Report of the Indian Hemp Drugs Commission, 1894-1895 - Volume V
Year: 1894
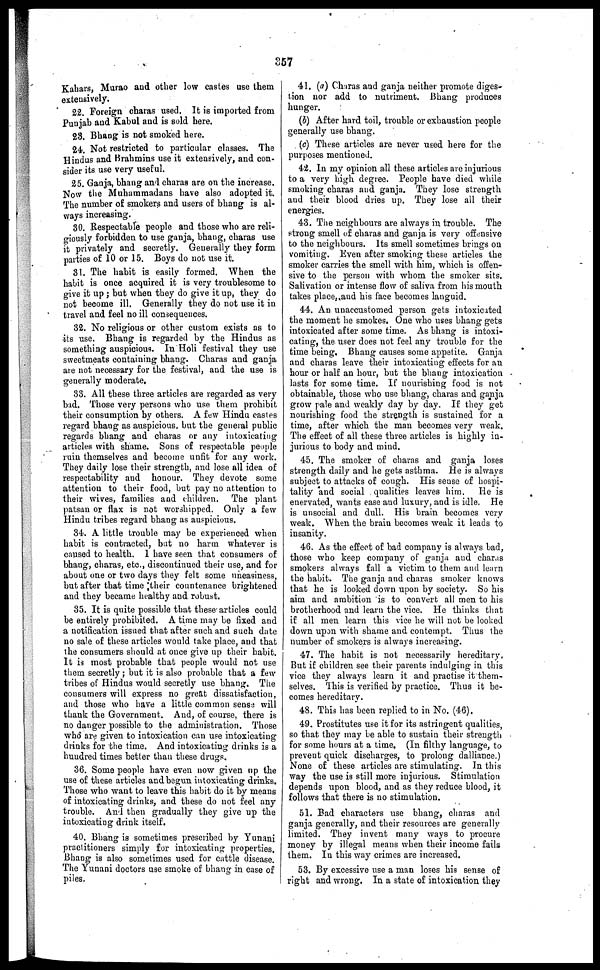
357
Kahars, Murao and other low castes use them
extensively.
22. Foreign charas used. It is imported from
Punjab and Kabul and is sold here.
28. Bhang is not smoked here.
24. Not restricted to particular classes. The
Hindus and Brahmins use it extensively, and con-
sider its use very useful.
25. Ganja, bhang and charas are on the increase.
Now the Muhammadans have also adopted it.
The number of smokers and users of bhang is al-
ways increasing.
30. Respectable people and those who are reli-
giously forbidden to use ganja, bhang, charas use
it privately and secretly. Generally they form
parties of 10 or 15. Boys do not use it.
31. The habit is easily formed. When the
habit is once acquired it is very troublesome to
give it up ; but when they do give it up, they do
not become ill. Generally they do not use it in
travel and feel no ill consequences.
32. No religious or other custom exists as to
its use. Bhang is regarded by the Hindus as
something auspicious. In Holi festival they use
sweetmeats containing bhang. Charas and ganja
are not necessary for the festival, and the use is
generally moderate.
33. All these three articles are regarded as very
bad. Those very persons who use them prohibit
their consumption by others. A few Hindu castes
regard bhang as auspicious, but the general public
regards bhang and charas or any intoxicating
articles with shame. Sons of respectable people
ruin themselves and become unfit for any work.
They daily lose their strength, and lose all idea of
respectability and honour. They devote some
attention to their food, but pay no attention to
their wives, families and children. The plant
patsan or flax is not worshipped. Only a few
Hindu tribes regard bhang as auspicious.
34. A little trouble may be experienced when
habit is contracted, but no harm whatever is
caused to health. 1 have seen that consumers of
bhang, charas, etc., discontinued their use, and for
about one or two days they felt some uneasiness,
but after that time their countenance brightened
and they became healthy and robust.
35. It is quite possible that these articles could
be entirely prohibited. A time may be fixed and
a notification issued that after such and such date
no sale of these articles would take place, and that
the consumers should at once give up their habit.
It is most probable that people would not use
them secretly ; but it is also probable that a few
tribes of Hindus would secretly use bhang. The
consumers will express no great dissatisfaction,
and those who have a little common sense will
thank the Government. And, of course, there is
no danger possible to the administration. Those
who are given to intoxication can use intoxicating
drinks for the time. And intoxicating drinks is a
hundred times better than these drugs.
36. Some people have even now given up the
use of these articles and begun intoxicating drinks.
Those who want to leave this habit do it by means
of intoxicating drinks, and these do not feel any
trouble. And then gradually they give up the
intoxicating drink itself.
40. Bhang is sometimes prescribed by Yunani
practitioners simply for intoxicating properties.
Bhang is also sometimes used for cattle disease.
The Yunani doctors use smoke of bhang in case of
piles.
41. (a) Charas and ganja neither promote diges-
tion nor add to nutriment. Bhang produces
hunger.
(b) After hard toil, trouble or exhaustion people
generally use bhang.
(c) These articles are never used here for the
purposes mentioned.
42. In my opinion all these articles are injurious
to a very high degree. People have died while
smoking charas and ganja. They lose strength
and their blood dries up. They lose all their
energies.
43. The neighbours are always in trouble. The
strong smell of charas and ganja is very offensive
to the neighbours. Its smell sometimes brings on
vomiting. Even after smoking these articles the
smoker carries the smell with him, which is offen-
sive to the person with whom the smoker sits.
Salivation or intense flow of saliva from his mouth
takes place, and his face becomes languid.
44. An unaccustomed person gets intoxicated
the moment he smokes. One who uses bhang gets
intoxicated after some time. As bhang is intoxi-
cating, the user does not feel any trouble for the
time being. Bhang causes some appetite. Ganja
and charas leave their intoxicating effects for an
hour or half: an hour, but the bhang intoxication
lasts for some time. If nourishing food is not
obtainable, those who use bhang, charas and ganja
grow pale and weakly day by day. If they get
nourishing food the strength is sustained for a
time, after which the man becomes very weak.
The effect of all these three articles is highly in-
jurious to body and mind.
45. The smoker of charas and ganja loses
strength daily and he gets asthma. He is always
subject to attacks of cough. His sense of hospi-
tality and social qualities leaves him. He is
enervated, wants ease and luxury, and is idle. He
is unsocial and dull. His brain becomes very
weak. When the brain becomes weak it leads to
insanity.
46. As the effect of bad company is always bad,
those who keep company of ganja and charas
smokers always fall a victim to them and learn
the habit. The ganja and charas smoker knows
that he is looked down upon by society. So his
aim and ambition is to convert all men to his
brotherhood and learn the vice. He thinks that
if all men learn this vice he will not be looked
down upon with shame and contempt. Thus the
number of smokers is always increasing.
47. The habit is not necessarily hereditary,
But if children see their parents indulging in this
vice they always learn it and practise it them-
selves. This is verified by practice. Thus it be-
comes hereditary.
48. This has been replied to in No. (46).
49. Prostitutes use it for its astringent qualities,
so that they may be able to sustain their strength
for some hours at a time. (In filthy language, to
prevent quick discharges, to prolong dalliance.)
None of these articles are stimulating. In this
way the use is still more injurious. Stimulation
depends upon blood, and as they reduce blood, it
follows that there is no stimulation.
51. Bad characters use bhang, charas and
ganja generally, and their resources are generally
limited. They invent many ways to procure
money by illegal means when their income fails
them. In this way crimes are increased.
53. By excessive use a man loses his sense of
right and wrong. In a state of intoxication they